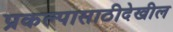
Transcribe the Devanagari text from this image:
प्रकल्पासाठीदेखील